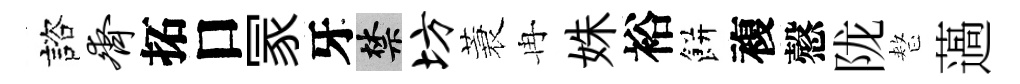
諮齐拓口冡牙禁坊蓑冉姝裕餅複慤陇整薖